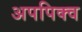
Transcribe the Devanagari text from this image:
अपपिक्व